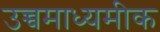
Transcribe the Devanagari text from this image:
उच्चमाध्यमीक